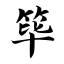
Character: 筚